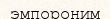
эмпороним